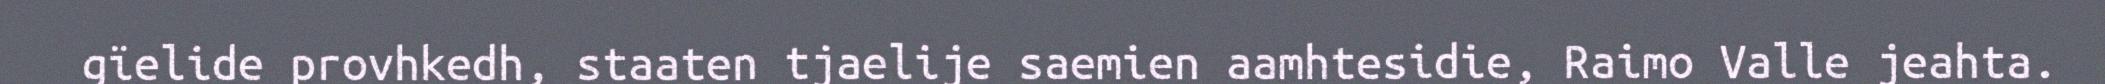
gïelide provhkedh, staaten tjaelije saemien aamhtesidie, Raimo Valle jeahta.